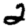
Digit: 2